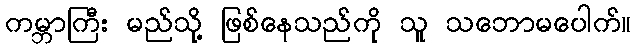
ကမ္ဘာကြီး မည်သို့ ဖြစ်နေသည်ကို သူ သဘောမပေါက်။